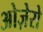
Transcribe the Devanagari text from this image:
ओज़ेरो